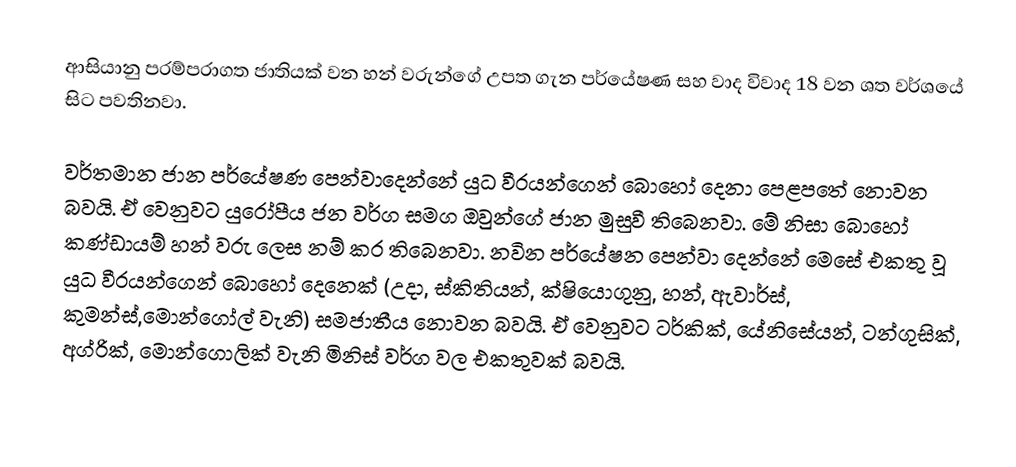
ආසියානු පරම්පරාගත ජාතියක් වන හන් වරුන්ගේ උපත ගැන පර්යේෂණ සහ වාද විවාද 18 වන ශත වර්ශයේ සිට පවතිනවා.

වර්තමාන ජාන පර්යේෂණ පෙන්වාදෙන්නේ යුධ වීරයන්ගෙන් බොහෝ දෙනා පෙළපතේ නොවන බවයි. ඒ වෙනුවට යුරෝපීය ජන වර්ග සමග ඔවුන්ගේ ජාන මුසුවී තිබෙනවා. මේ නිසා බොහෝ කණ්ඩායම් හන් වරු ලෙස නම් කර තිබෙනවා. නවින පර්යේෂන පෙන්වා දෙන්නේ මෙසේ එකතු වූ යුධ වීරයන්ගෙන් බොහෝ දෙනෙක් (උදා, ස්කිතියන්, ක්ෂියොගුනු, හන්, ඇවාර්ස්, කුමන්ස්,මොන්ගෝල් වැනි) සමජාතීය නොවන බවයි. ඒ වෙනුවට ටර්කික්, යේනිසේයන්, ටන්ගුසික්, අග්රික්, මොන්ගොලික් වැනි මිනිස් වර්ග වල එකතුවක් බවයි.